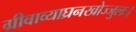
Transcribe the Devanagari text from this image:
ग्रीवाव्याघ्रनखोज्जुलः।